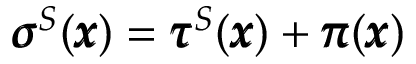
{ \pmb \sigma } ^ { S } ( { \pmb x } ) = { \pmb \tau } ^ { S } ( { \pmb x } ) + { \pmb \pi } ( { \pmb x } )